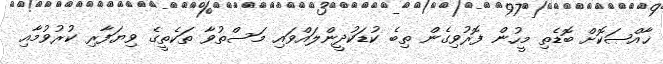
ޚާއްޞަކޮށް ބޮޑެތި މީހުން ފޮރުވިގެން ތިބެ ކުޑަކުދީންލައްވައި މަސްތުވާ ތަކެތީގެ ވިޔަފާރި ކުރުވުމާއި